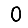
Digit: 0